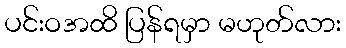
ပင်းဝအထိ ပြန်ရမှာ မဟုတ်လား